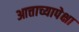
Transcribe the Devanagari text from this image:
आत्ताच्यापेक्षा